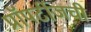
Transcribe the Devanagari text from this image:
प्रॉपर्टीजची